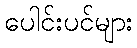
ပေါင်းပင်များ